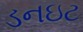
ડનઇટ